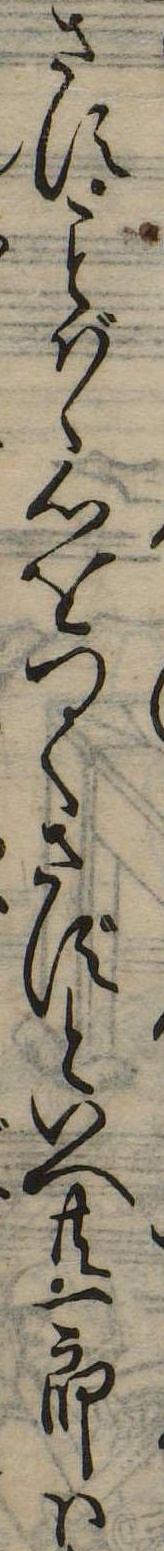
さすばゝ心をつくさずといへ共一郎は